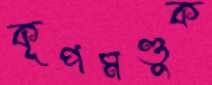
কূপমণ্ডুক